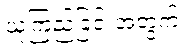
ယုံကြည်ခြင်းအတွက်